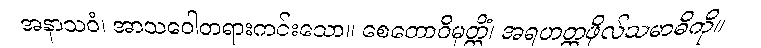
အနာသဝံ၊ အာသဝေါတရားကင်းသော။ စေတောဝိမုတ္တိံ၊ အရဟတ္တဖိုလ်သမာဓိကို။